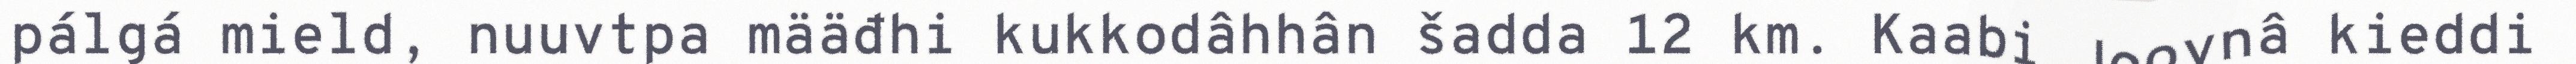
pálgá mield, nuuvtpa määđhi kukkodâhhân šadda 12 km. Kaabi Joovnâ kieddi